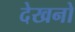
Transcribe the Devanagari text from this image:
देखनो